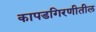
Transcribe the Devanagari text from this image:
कापडगिरणीतील